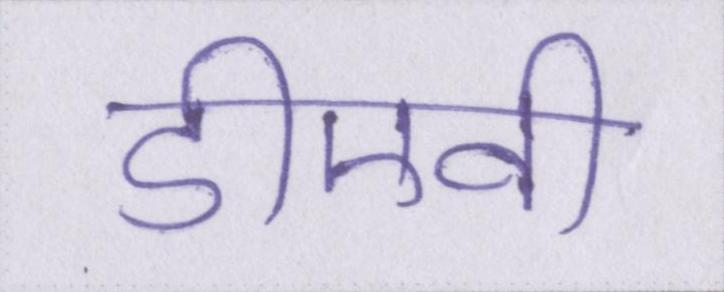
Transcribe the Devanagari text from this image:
डीएवी